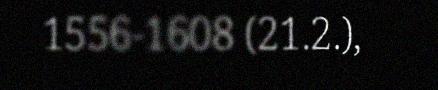
1556-1608 (21.2.),